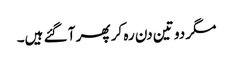
مگر دو تین دن رہ کر پھر آ گئے ہیں۔